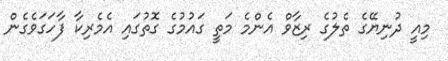
މިއީ ދުނިޔޭގެ ތެލުގެ ރިޒާވް އެންމެ މަތީ ގައުމުގެ ގޮތުގައި އެމެރިކާ ފާހަގަވެގެން